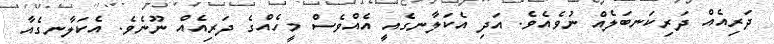
ދަރިއެއް ދަރިކަނބަލެއް ނުވެއެވެ. އަދި އެކަލާނގެއީ އެއްވެސް މީހެއްގެ ދަރިއެއް ނޫނެވެ. އެކަލާނގެއާ